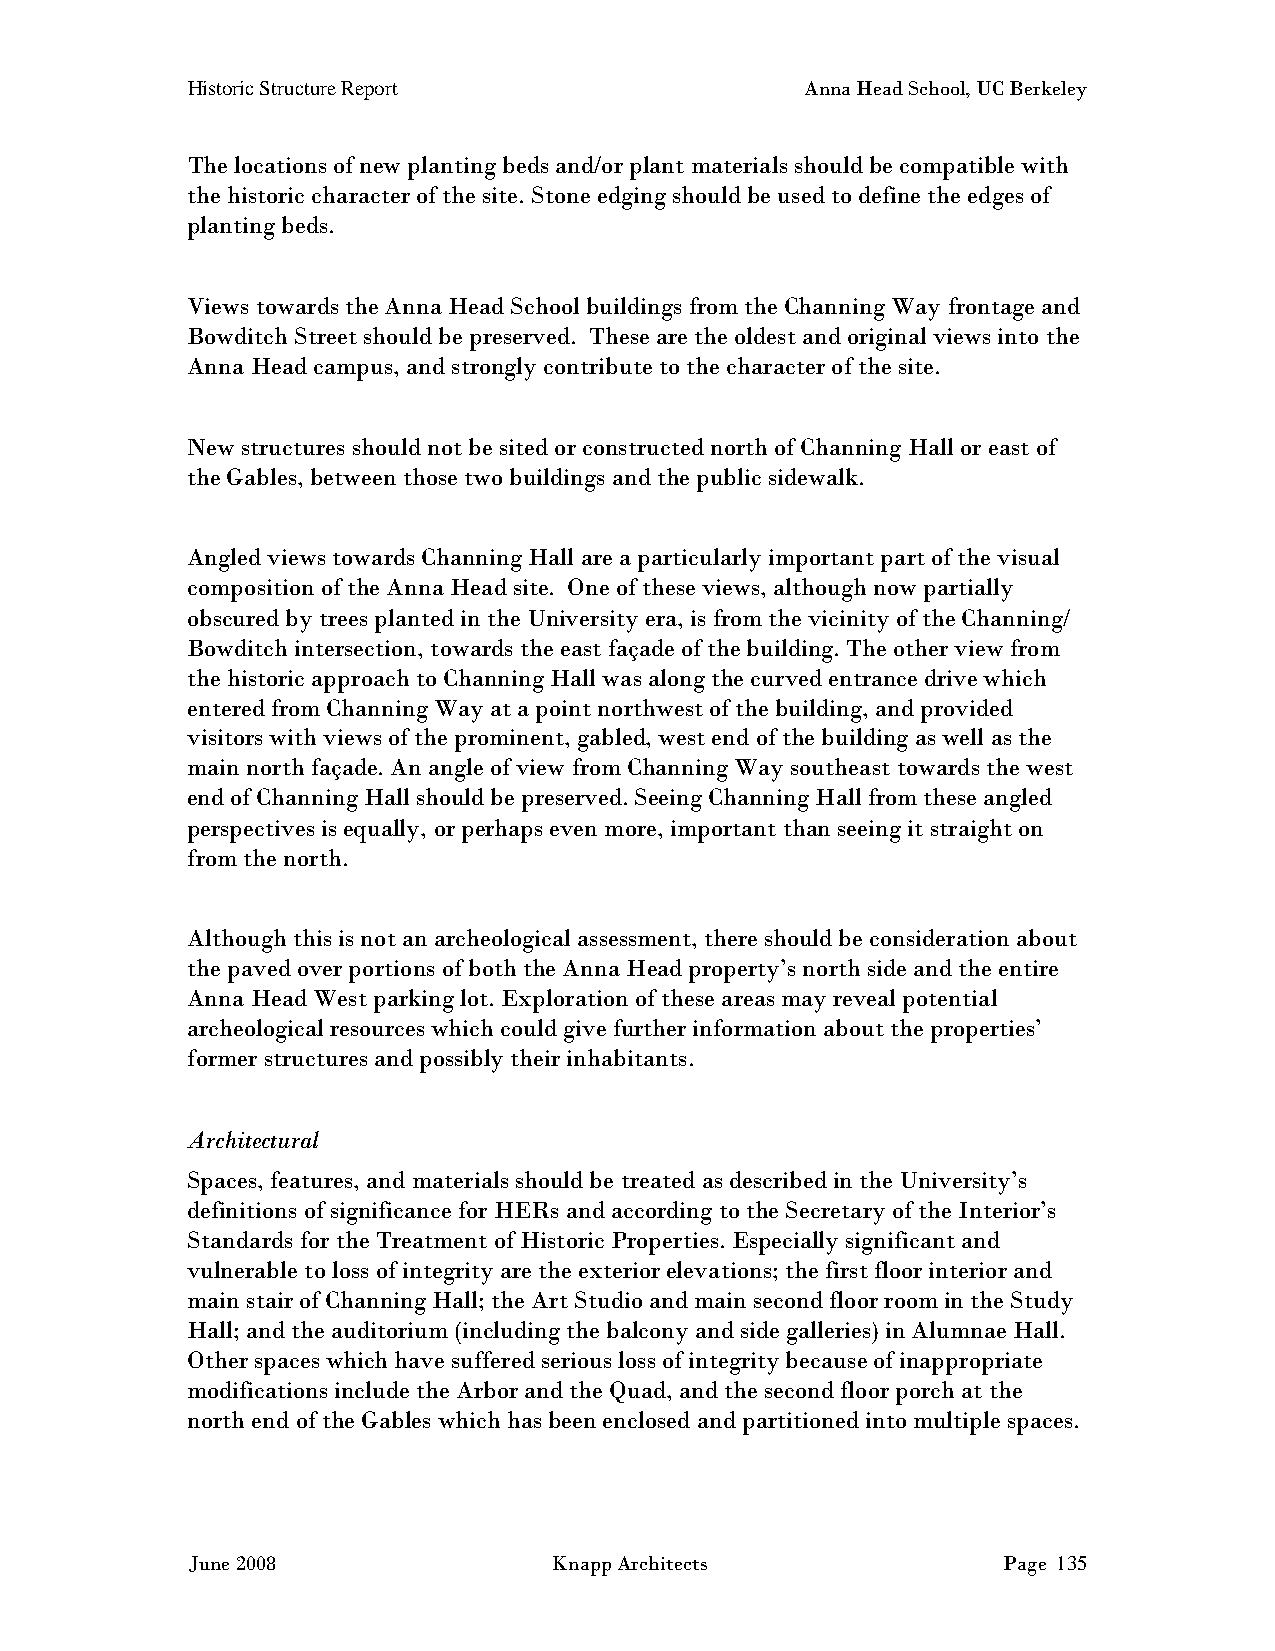
Historic Structure Report                Anna Head School, UC Berkeley
 The locations of new planting beds and/or plant materials should be compatible with
 the historic character of the site. Stone edging should be used to define the edges of
 planting beds.
 Views towards the Anna Head School buildings from the Channing Way frontage and
 Bowditch Street should be preserved. These are the oldest and original views into the
 Anna Head campus, and strongly contribute to the character of the site.
 New structures should not be sited or constructed north of Channing Hall or east of
 the Gables, between those two buildings and the public sidewalk.
 Angled views towards Channing Hall are a particularly important part of the visual
 composition of the Anna Head site. One of these views, although now partially
 obscured by trees planted in the University era, is from the vicinity of the Channing/
 Bowditch intersection, towards the east façade of the building. The other view from
 the historic approach to Channing Hall was along the curved entrance drive which
 entered from Channing Way at a point northwest of the building, and provided
 visitors with views of the prominent, gabled, west end of the building as well as the
 main north façade. An angle of view from Channing Way southeast towards the west
 end of Channing Hall should be preserved. Seeing Channing Hall from these angled
 perspectives is equally, or perhaps even more, important than seeing it straight on
 from the north.
 Although this is not an archeological assessment, there should be consideration about
 the paved over portions of both the Anna Head property’s north side and the entire
 Anna Head West parking lot. Exploration of these areas may reveal potential
 archeological resources which could give further information about the properties’
 former structures and possibly their inhabitants.
 Architectural
 Spaces, features, and materials should be treated as described in the University’s
 definitions of significance for HERs and according to the Secretary of the Interior’s
 Standards for the Treatment of Historic Properties. Especially significant and
 vulnerable to loss of integrity are the exterior elevations; the first floor interior and
 main stair of Channing Hall; the Art Studio and main second floor room in the Study
 Hall; and the auditorium (including the balcony and side galleries) in Alumnae Hall.
 Other spaces which have suffered serious loss of integrity because of inappropriate
 modifications include the Arbor and the Quad, and the second floor porch at the
 north end of the Gables which has been enclosed and partitioned into multiple spaces.
 June 2008                Knapp Architects             Page 135